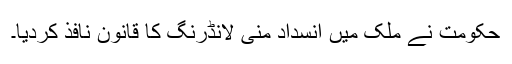
حکومت نے ملک میں انسداد منی لانڈرنگ کا قانون نافذ کردیا۔